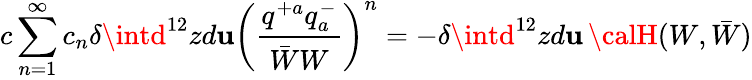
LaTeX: c\sum_{n=1}^{\infty}c_{n}\delta\intd^{12}zd\mathbf{u}\left(\frac{{q^{+a}q_{a}^{-}}}{{\bar{{W}}W}}\right)^{n}=-\delta\intd^{12}zd\mathbf{u}\, {\calH}(W,\bar{{W}})